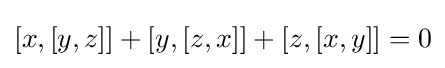
[x,[y,z]]+[y,[z,x]]+[z,[x,y]]=0